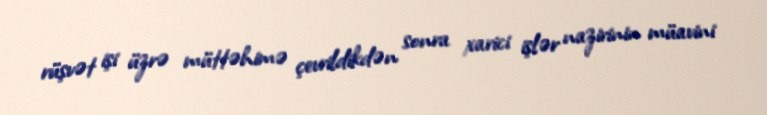
rüşvət işi üzrə müttəhimə çevrildikdən sonra xarici işlər nazirinin müavini